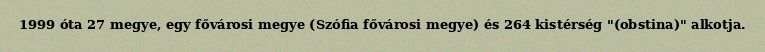
1999 óta 27 megye, egy fővárosi megye (Szófia fővárosi megye) és 264 kistérség "(obstina)" alkotja.